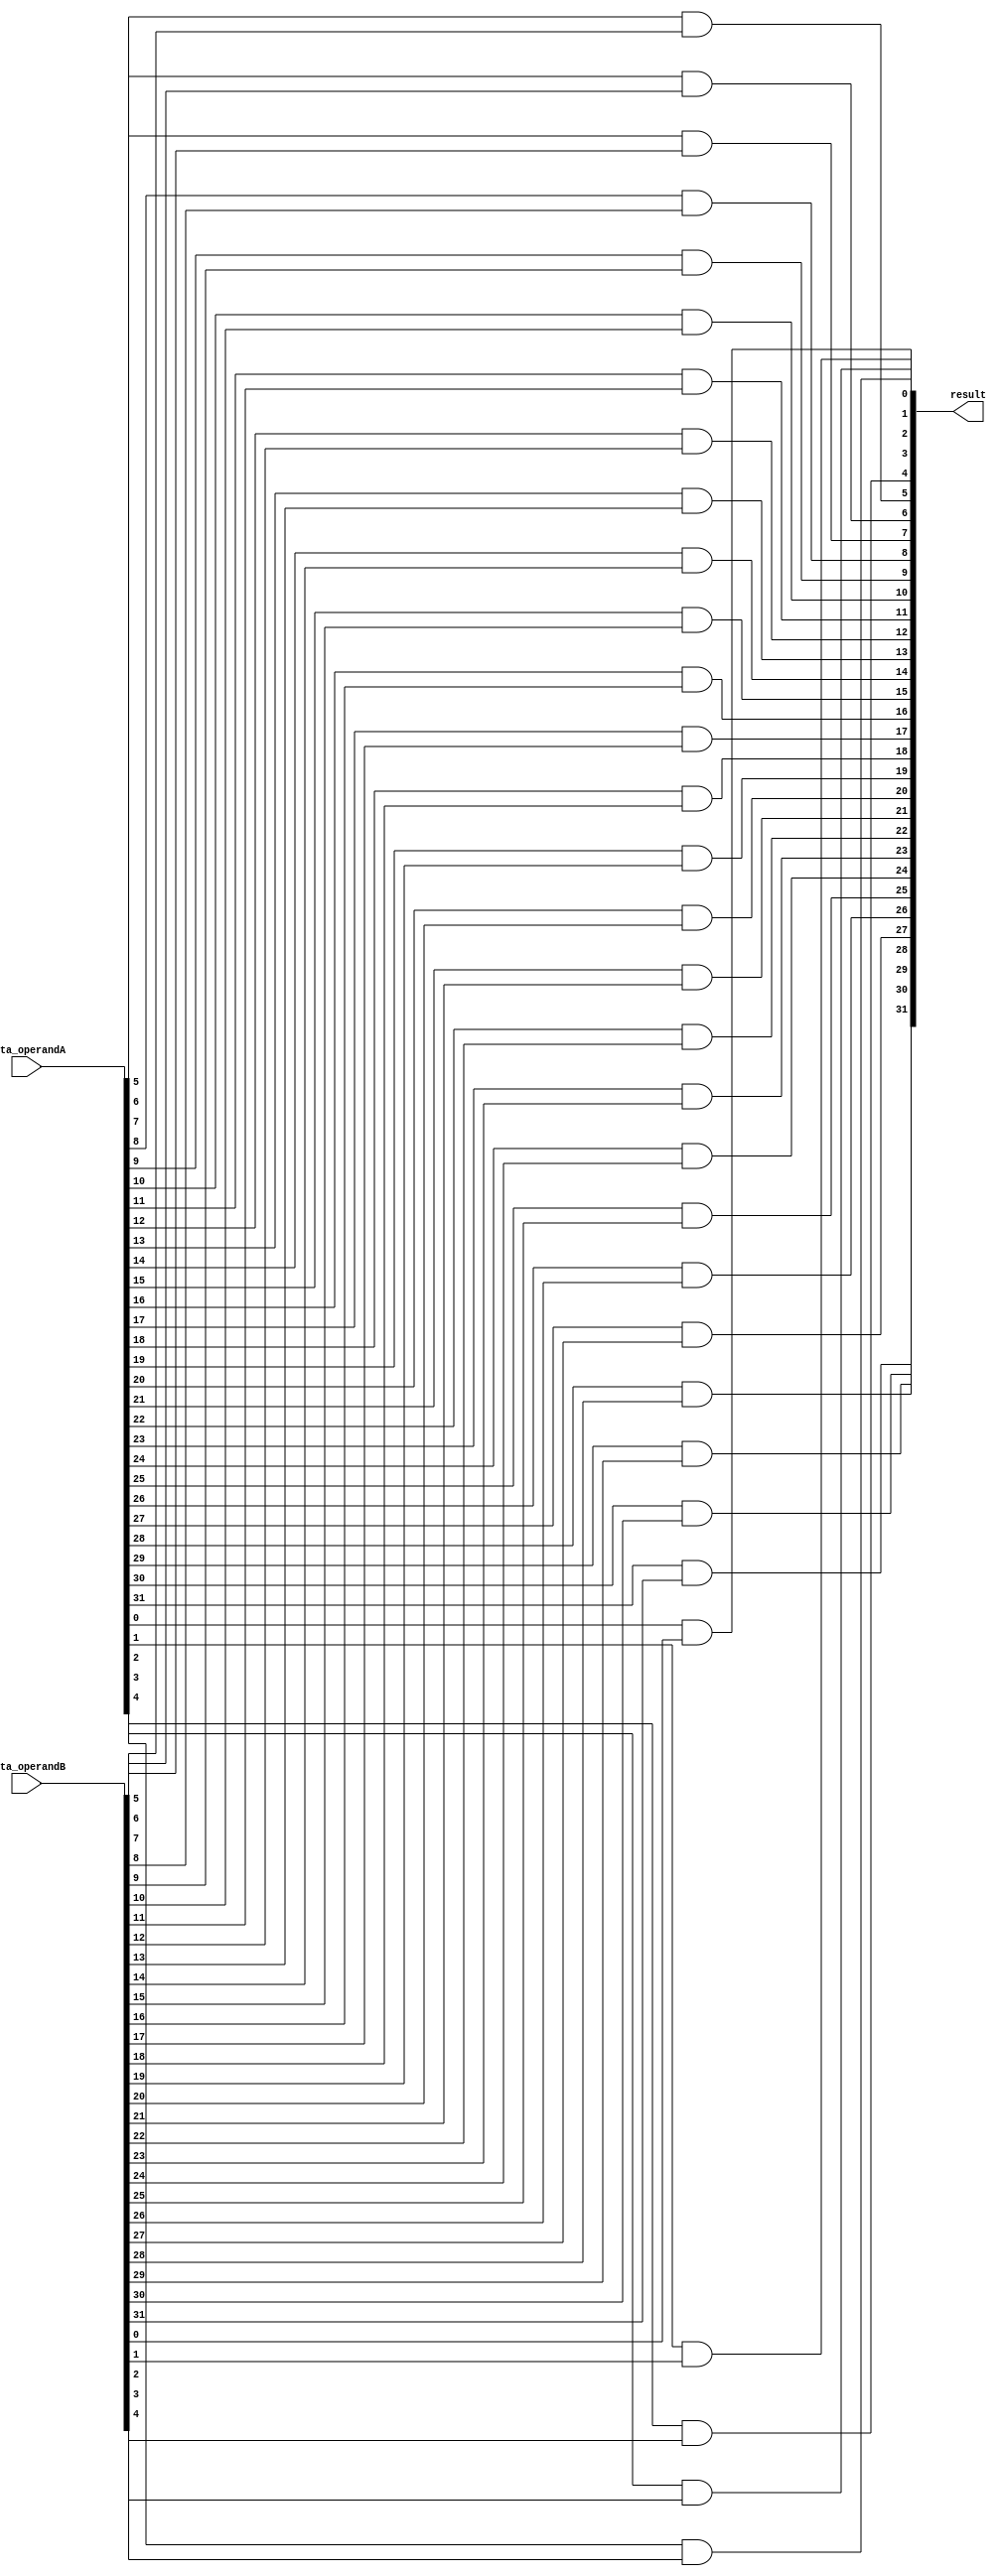
module thirty_two_bit_and(data_operandA, data_operandB, result);
	input [31:0] data_operandA, data_operandB;
	output [31:0] result;

	and and0(result[0], data_operandA[0], data_operandB[0]);
	and and1(result[1], data_operandA[1], data_operandB[1]);
	and and2(result[2], data_operandA[2], data_operandB[2]);
	and and3(result[3], data_operandA[3], data_operandB[3]);
	and and4(result[4], data_operandA[4], data_operandB[4]);
	and and5(result[5], data_operandA[5], data_operandB[5]);
	and and6(result[6], data_operandA[6], data_operandB[6]);
	and and7(result[7], data_operandA[7], data_operandB[7]);
	and and8(result[8], data_operandA[8], data_operandB[8]);
	and and9(result[9], data_operandA[9], data_operandB[9]);
	and and10(result[10], data_operandA[10], data_operandB[10]);
	and and11(result[11], data_operandA[11], data_operandB[11]);
	and and12(result[12], data_operandA[12], data_operandB[12]);
	and and13(result[13], data_operandA[13], data_operandB[13]);
	and and14(result[14], data_operandA[14], data_operandB[14]);
	and and15(result[15], data_operandA[15], data_operandB[15]);
	and and16(result[16], data_operandA[16], data_operandB[16]);
	and and17(result[17], data_operandA[17], data_operandB[17]);
	and and18(result[18], data_operandA[18], data_operandB[18]);
	and and19(result[19], data_operandA[19], data_operandB[19]);
	and and20(result[20], data_operandA[20], data_operandB[20]);
	and and21(result[21], data_operandA[21], data_operandB[21]);
	and and22(result[22], data_operandA[22], data_operandB[22]);
	and and23(result[23], data_operandA[23], data_operandB[23]);
	and and24(result[24], data_operandA[24], data_operandB[24]);
	and and25(result[25], data_operandA[25], data_operandB[25]);
	and and26(result[26], data_operandA[26], data_operandB[26]);
	and and27(result[27], data_operandA[27], data_operandB[27]);
	and and28(result[28], data_operandA[28], data_operandB[28]);
	and and29(result[29], data_operandA[29], data_operandB[29]);
	and and30(result[30], data_operandA[30], data_operandB[30]);
	and and31(result[31], data_operandA[31], data_operandB[31]);
endmodule